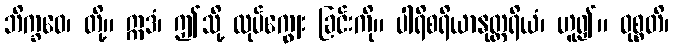
ဘိက္ခဝေ၊ တို့။ ဣဒံ၊ ဤသို့ လုပ်ကျွေး ခြင်းကို။ ပါရိစရိယာနုတ္တရိယံ၊ ဟူ၍။ ဝုစ္စတိ၊